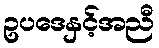
ဥပဒေနှင့်အညီ